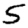
Digit: 5